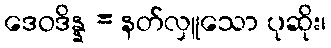
ဒေဝဒိန္န = နတ်လှူသော ပုဆိုး၊